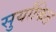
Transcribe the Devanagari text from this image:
सुर्यांकित